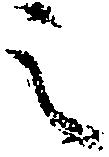
之